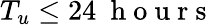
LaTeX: T_{u}\le 24\ \mathrm{~h~o~u~r~s~}